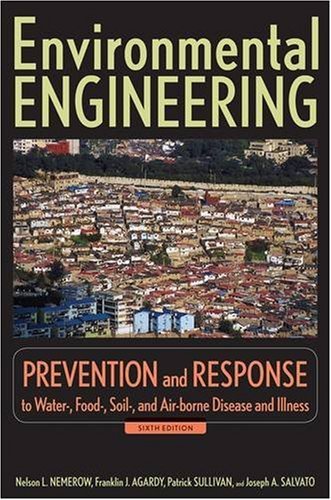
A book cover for Environmental Engineering: Prevention and Response to Water-, Food-, Soil-, and Air-borne Disease and Illness; Nelson L. Nemerow; Science & Math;